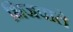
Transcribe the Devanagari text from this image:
भिजवाते